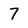
Character: 7